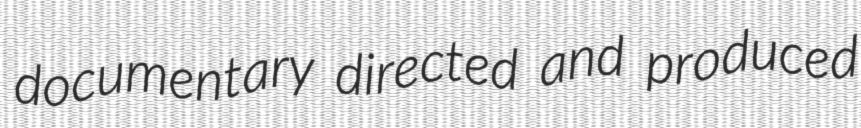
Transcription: documentary directed and produced